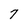
Character: 7